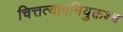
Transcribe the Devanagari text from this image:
चित्तत्यागनियुक्तश्च